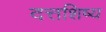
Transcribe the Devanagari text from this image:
दत्तशिष्य